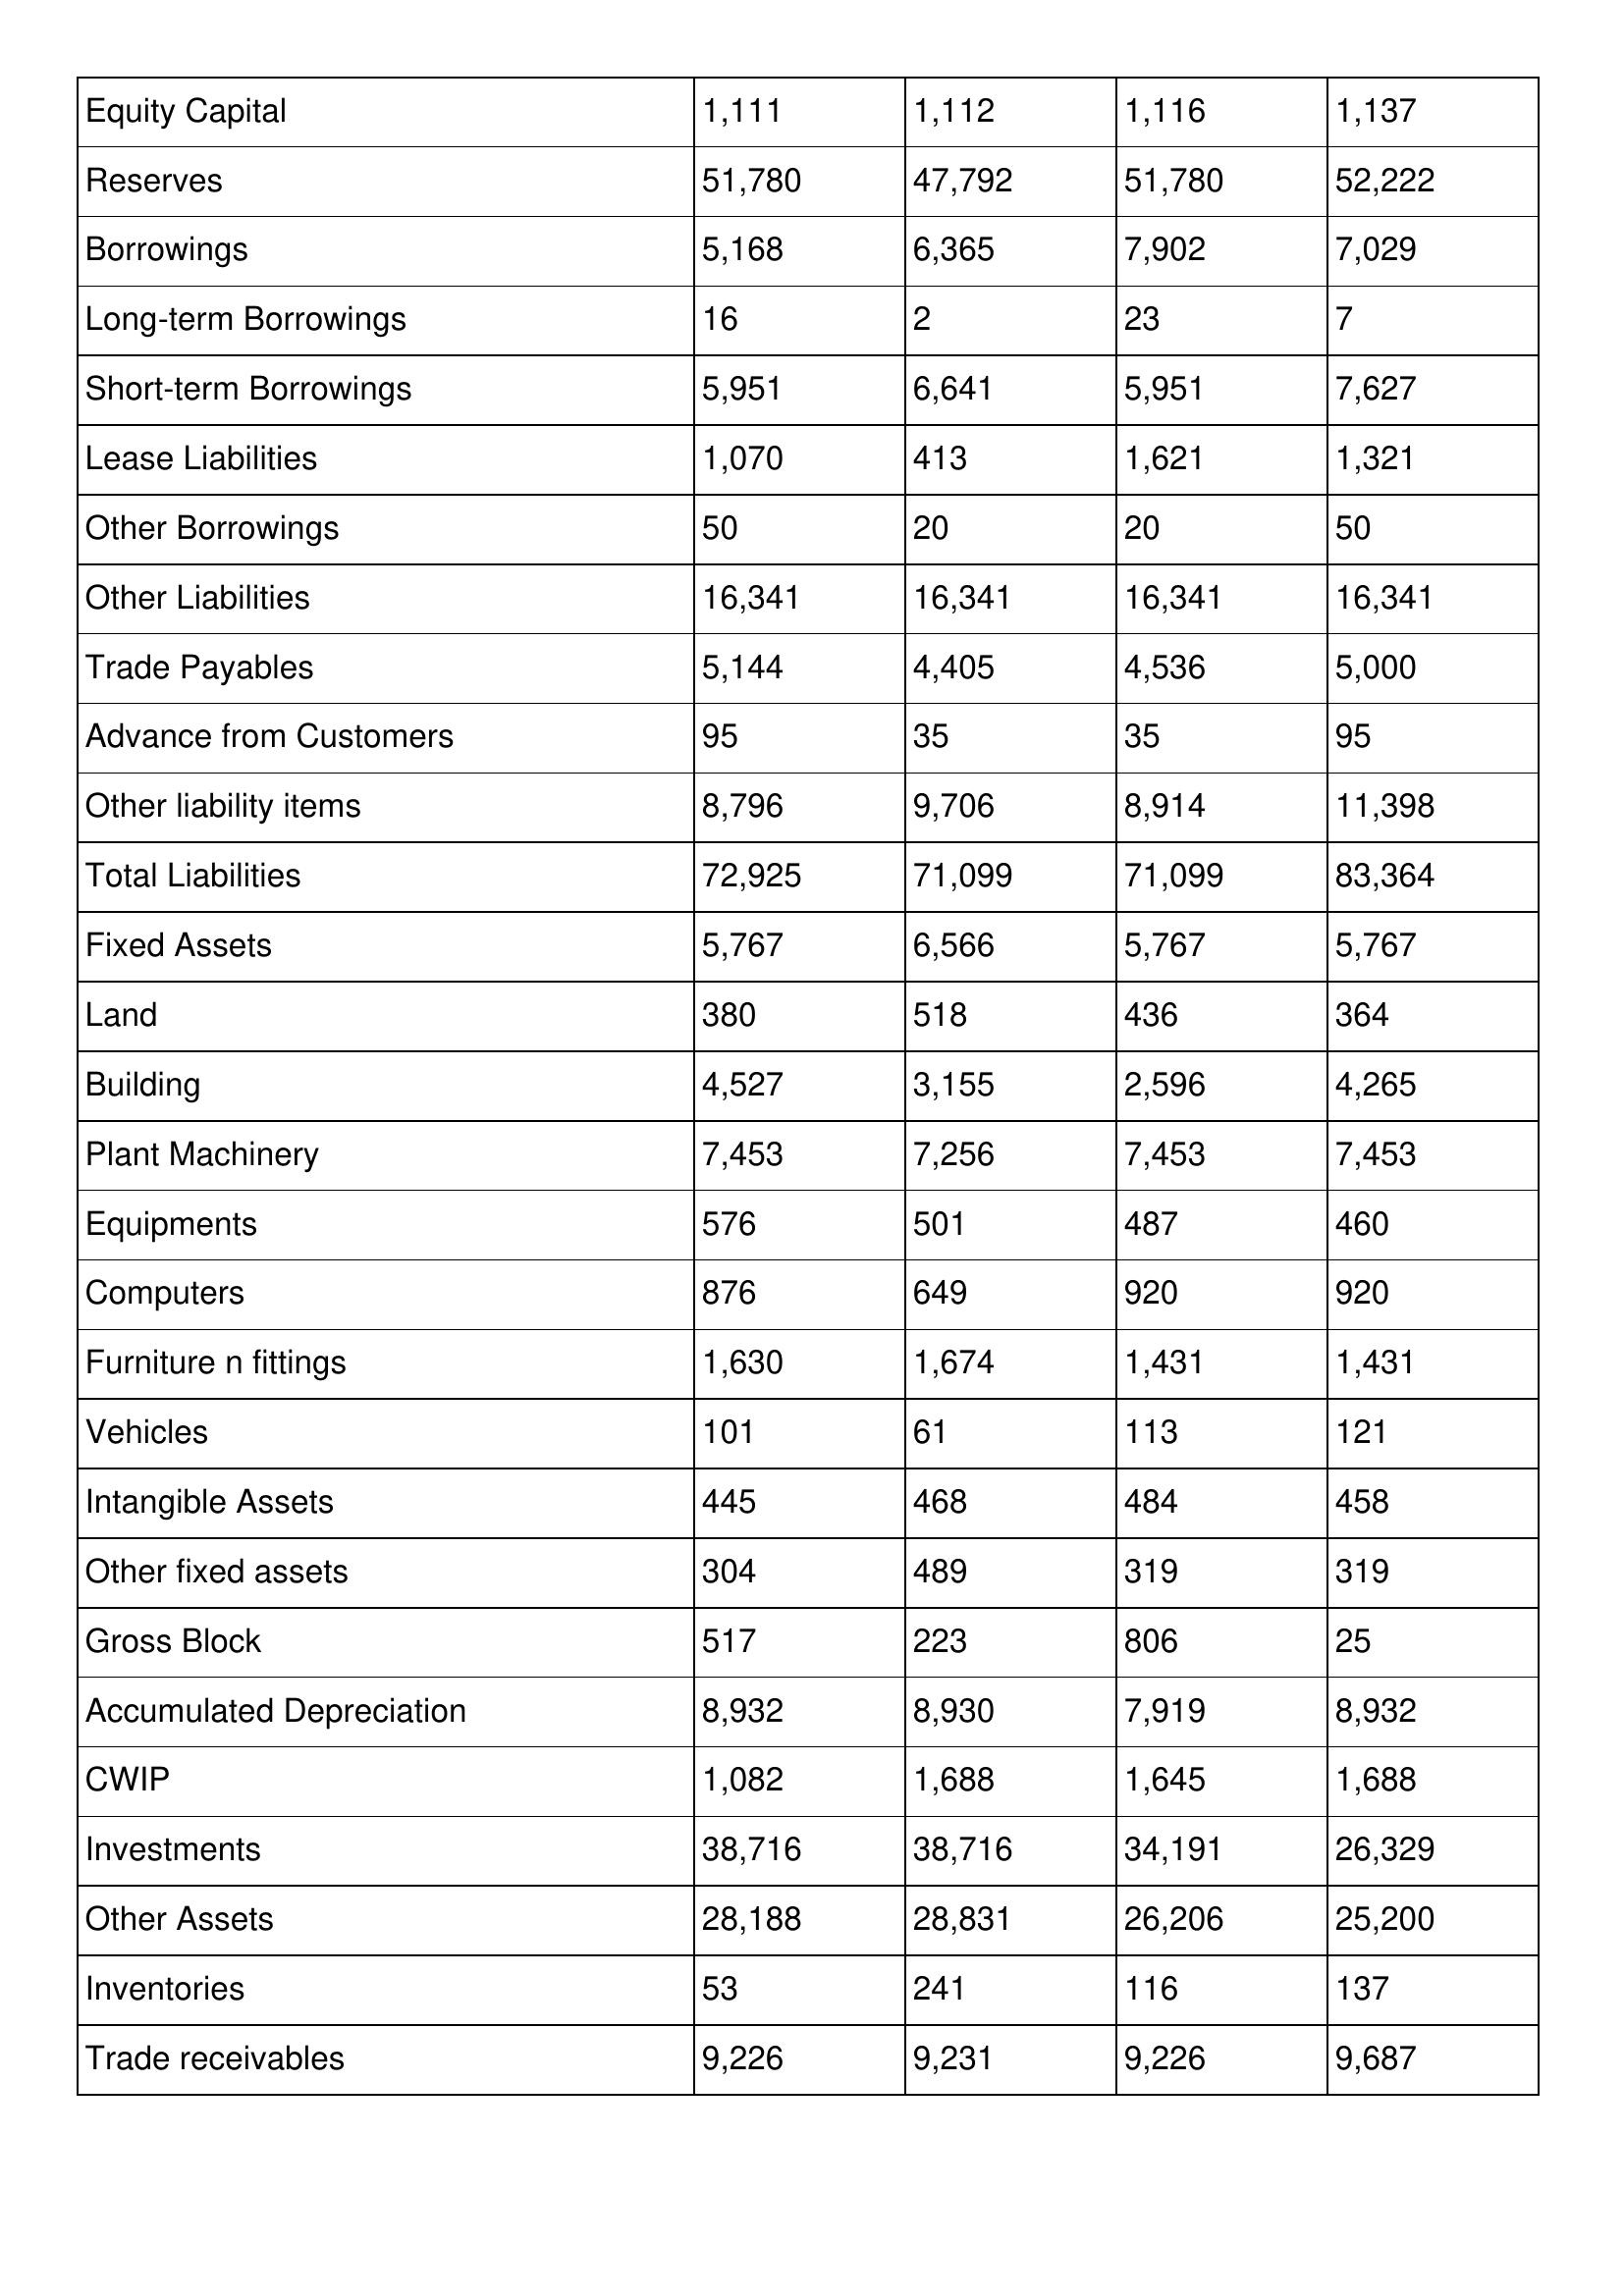
gt_parse: 2002: Balance Sheet: Equity Capital: 1,111
Reserves: 51,780
Borrowings: 5,168
Long-term Borrowings: 16
Short-term Borrowings: 5,951
Lease Liabilities: 1,070
Other Borrowings: 50
Other Liabilities: 16,341
Trade Payables: 5,144
Advance from Customers: 95
Other liability items: 8,796
Total Liabilities: 72,925
Fixed Assets: 5,767
Land: 380
Building: 4,527
Plant Machinery: 7,453
Equipments: 576
Computers: 876
Furniture n fittings: 1,630
Vehicles: 101
Intangible Assets: 445
Other fixed assets: 304
Gross Block: 517
Accumulated Depreciation: 8,932
CWIP: 1,082
Investments: 38,716
Other Assets: 28,188
Inventories: 53
Trade receivables: 9,226
2001: Balance Sheet: Equity Capital: 1,112
Reserves: 47,792
Borrowings: 6,365
Long-term Borrowings: 2
Short-term Borrowings: 6,641
Lease Liabilities: 413
Other Borrowings: 20
Other Liabilities: 16,341
Trade Payables: 4,405
Advance from Customers: 35
Other liability items: 9,706
Total Liabilities: 71,099
Fixed Assets: 6,566
Land: 518
Building: 3,155
Plant Machinery: 7,256
Equipments: 501
Computers: 649
Furniture n fittings: 1,674
Vehicles: 61
Intangible Assets: 468
Other fixed assets: 489
Gross Block: 223
Accumulated Depreciation: 8,930
CWIP: 1,688
Investments: 38,716
Other Assets: 28,831
Inventories: 241
Trade receivables: 9,231
2000: Balance Sheet: Equity Capital: 1,116
Reserves: 51,780
Borrowings: 7,902
Long-term Borrowings: 23
Short-term Borrowings: 5,951
Lease Liabilities: 1,621
Other Borrowings: 20
Other Liabilities: 16,341
Trade Payables: 4,536
Advance from Customers: 35
Other liability items: 8,914
Total Liabilities: 71,099
Fixed Assets: 5,767
Land: 436
Building: 2,596
Plant Machinery: 7,453
Equipments: 487
Computers: 920
Furniture n fittings: 1,431
Vehicles: 113
Intangible Assets: 484
Other fixed assets: 319
Gross Block: 806
Accumulated Depreciation: 7,919
CWIP: 1,645
Investments: 34,191
Other Assets: 26,206
Inventories: 116
Trade receivables: 9,226
1999: Balance Sheet: Equity Capital: 1,137
Reserves: 52,222
Borrowings: 7,029
Long-term Borrowings: 7
Short-term Borrowings: 7,627
Lease Liabilities: 1,321
Other Borrowings: 50
Other Liabilities: 16,341
Trade Payables: 5,000
Advance from Customers: 95
Other liability items: 11,398
Total Liabilities: 83,364
Fixed Assets: 5,767
Land: 364
Building: 4,265
Plant Machinery: 7,453
Equipments: 460
Computers: 920
Furniture n fittings: 1,431
Vehicles: 121
Intangible Assets: 458
Other fixed assets: 319
Gross Block: 25
Accumulated Depreciation: 8,932
CWIP: 1,688
Investments: 26,329
Other Assets: 25,200
Inventories: 137
Trade receivables: 9,687